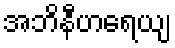
အဘိနီဟရေယျ